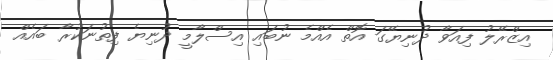
އިޒްރޭލު ފިއަވާ ދުނިޔޭގަ އޮތް އެއްމެ ނުބައި އިސްލާމީ ދުނިޔެ ފިތުނަކުރާ ބައެއް